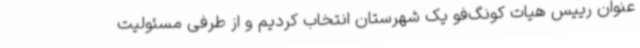
عنوان رییس هیات کونگ‌فو یک شهرستان انتخاب کردیم و از طرفی مسئولیت